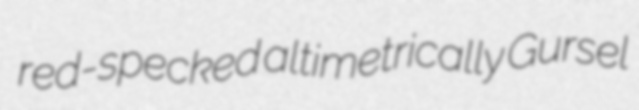
red-specked altimetrically Gursel